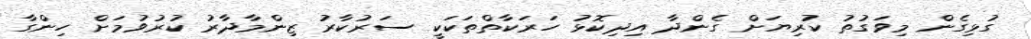
ގުޅިގެން މިވަގުތު ކުރިޔަށް ގެންދާ އިދިކޮޅު ހަރަކާތްތަކަކީ ސަރުކާރު ޒިންމާދާރު ކުރުވުމަށް ހިންގާ